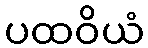
ပထဝိယံ